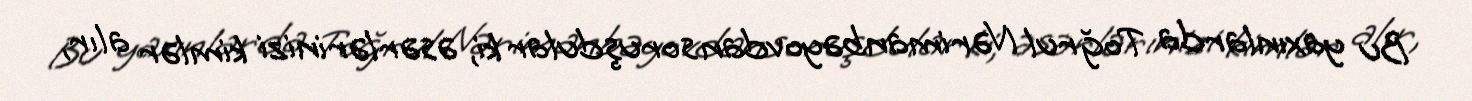
Bu yaxınlarda Toğrul Nərimanbəyovdan soruşdular ki, əsərlərinizi kimlər alır,